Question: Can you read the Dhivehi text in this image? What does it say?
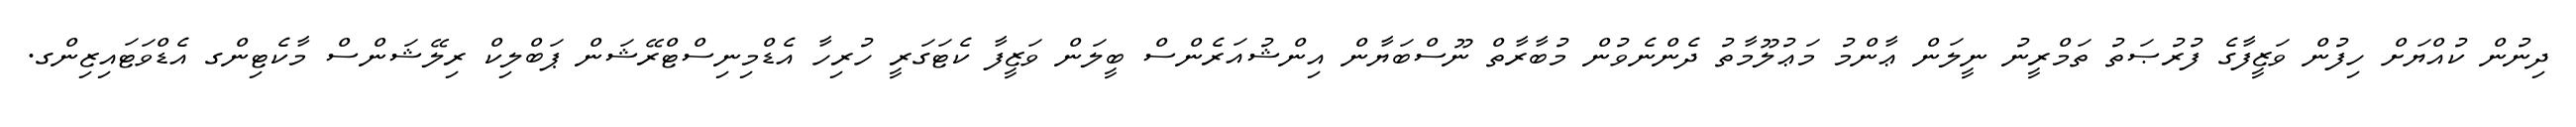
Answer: ދިނުން ކުއްޔަށް ހިފުން ވަޒީފާގެ ފުރުޞަތު ތަމްރީނު ނީލަން ޢާންމު މަޢުލޫމާތު ދެންނެވުން މުބާރާތް ނޫސްބަޔާން އިންޝުއަރެންސް ބީލަން ވަޒީފާ ކެޓަގަރީ ހުރިހާ އެޑްމިނިސްޓްރޭޝަން ޕަބްލިކް ރިލޭޝަންސް މާކެޓިންގ އެޑްވަޓައިޒިންގ.